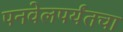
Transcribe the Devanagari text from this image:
पनवेलपर्यंतचा